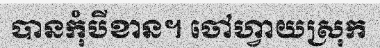
បានកុំបីខាន។ ចៅហ្វាយស្រុក